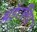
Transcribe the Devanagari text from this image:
थंडरलिप